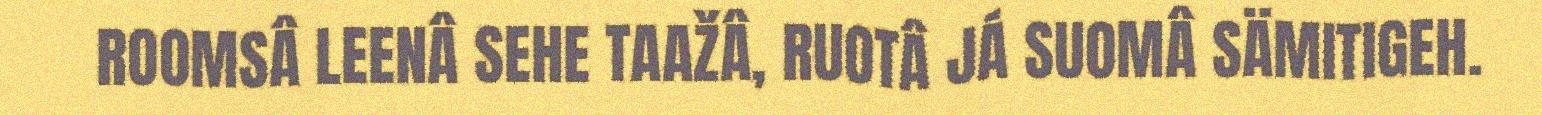
ROOMSÂ LEENÂ SEHE TAAŽÂ, RUOTÂ JÁ SUOMÂ SÄMITIGEH.